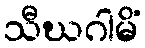
သီဃဂါမိံ